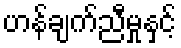
ဟန်ချက်ညီမှုနှင့်